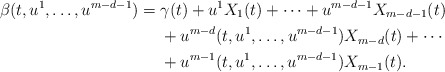
\begin{align*}\beta(t, u^{1}, \dotsc, u^{m-d-1}) = {} & \gamma(t) + u^{1} X_{1}(t) + \dotsb + u^{m-d-1} X_{m-d-1}(t)\\&+ u^{m-d}(t, u^{1}, \dotsc, u^{m-d-1}) X_{m-d}(t) + \dotsb\\&+ u^{m-1}(t, u^{1}, \dotsc, u^{m-d-1}) X_{m-1}(t).\end{align*}